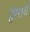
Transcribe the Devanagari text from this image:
हँसाये